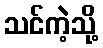
သင်ကဲ့သို့